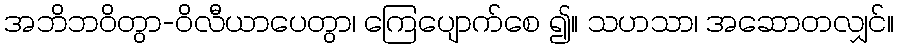
အဘိဘဝိတွာ-ဝိလီယာပေတွာ၊ ကြေပျောက်စေ ၍။ သဟသာ၊ အဆောတလျှင်။